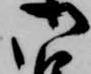
御